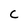
Character: C